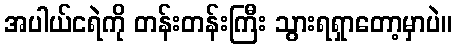
အပါယ်ငရဲကို တန်းတန်းကြီး သွားရရှာတော့မှာပဲ။